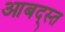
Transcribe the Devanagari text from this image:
आबद्स्त